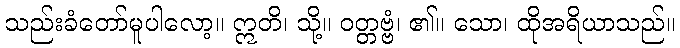
သည်းခံတော်မူပါလော့။ ဣတိ၊ သို့။ ဝတ္တဗ္ဗံ၊ ၏။ သော၊ ထိုအရိယာသည်။